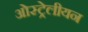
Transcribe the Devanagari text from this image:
ओस्ट्रेलीयन